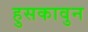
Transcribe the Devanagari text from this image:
हुसकावुन